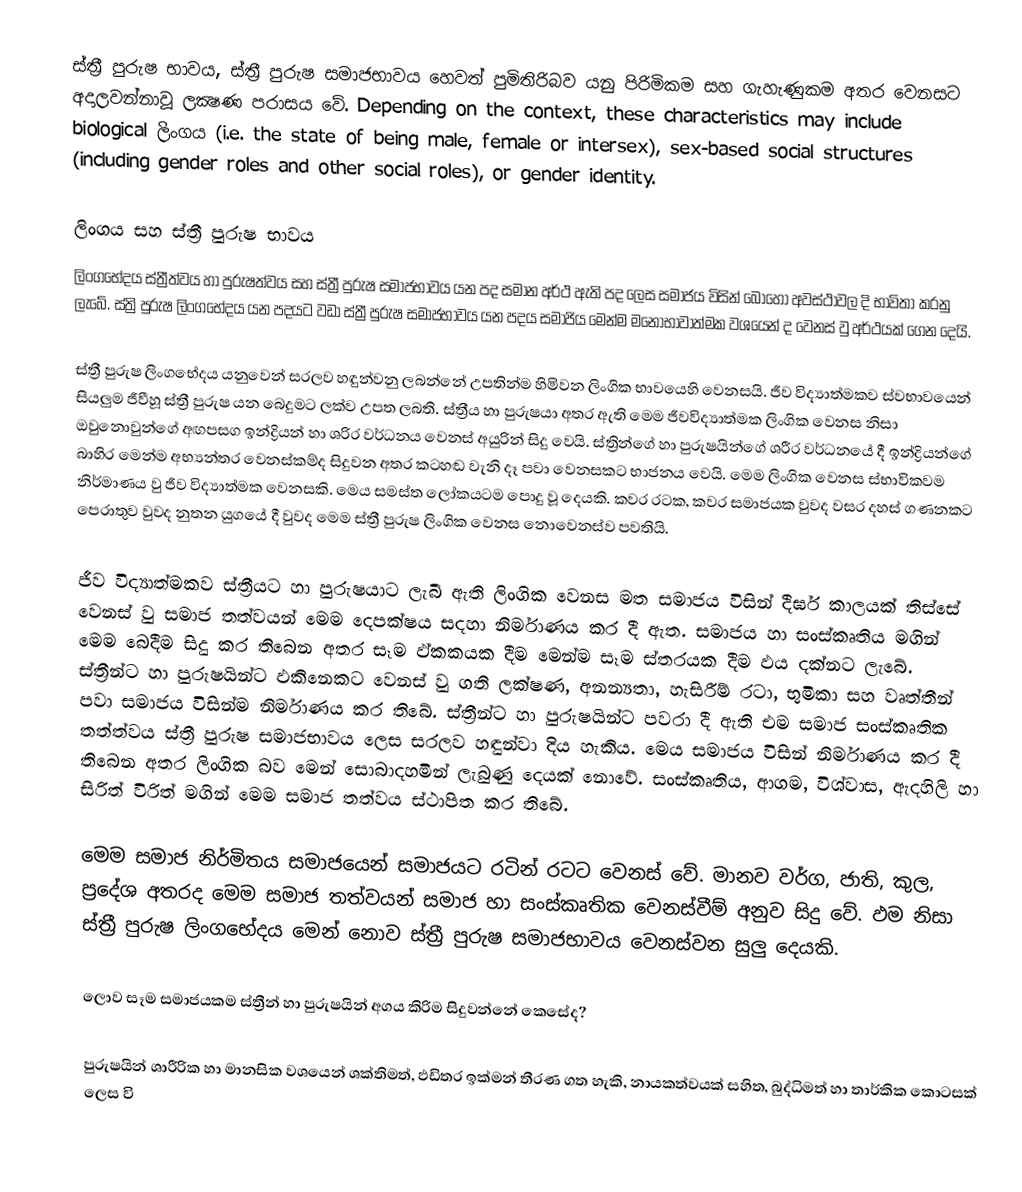
ස්ත්‍රී පුරුෂ භාවය, ස්ත්‍රී පුරුෂ සමාජභාවය හෙවත් පුමිතිරිබව යනු පිරිමිකම සහ ගැහැණුකම අතර වෙනසට අදාලවන්නාවූ ලක්‍ෂණ පරාසය වේ. Depending on the context, these characteristics may include biological ලිංගය (i.e. the state of being male, female or intersex), sex-based social structures (including gender roles and other social roles), or gender identity.

ලිංගය සහ ස්ත්‍රී පුරුෂ භාවය
ලිංගභේදය ස්ත්‍රීත්වය  හා පුරුෂත්වය සහ ස්ත්‍රී පුරුෂ සමාජභාවය යන පද සමාන අර්ථ ඇති පද ලෙස සමාජය විසින් බොහෝ අවස්ථාවල දි භාවිතා කරනු ලැබේ.  ස්ත්‍රි පුරුෂ ලිංගභේදය යන පදයට වඩා ස්ත්‍රී පුරුෂ සමාජභාවය යන පදය සමාජිය මෙන්ම මනෝභාවාත්මක වශයෙන් ද වෙනස් වු අර්ථයක් ගෙන දෙයි.

ස්ත්‍රී පුරුෂ ලිංගභේදය යනුවෙන් සරලව හඳුන්වනු ලබන්නේ උපතින්ම හිමිවන ලිංගික භාවයෙහි වෙනසයි. ජීව විද්‍යාත්මකව ස්වභාවයෙන් සියලුම ජීවීහූ ස්ත්‍රී පුරුෂ යන බෙදුමට ලක්ව උපත ලබති. ස්ත්‍රීය හා පුරුෂයා අතර ඇති මෙම ජීවවිද්‍යාත්මක ලිංගික වෙනස නිසා ඔවුනොවුන්ගේ අඟපසග ඉන්ද්‍රියන් හා ශරිර වර්ධනය වෙනස් අයුරින් සිදු වෙයි. ස්ත්‍රින්ගේ හා පුරුෂයින්ගේ ශරීර වර්ධනයේ දී ඉන්ද්‍රියන්ගේ බාහිර මෙන්ම අභ්‍යන්තර වෙනස්කම්ද සිදුවන අතර කටහඬ වැනි දෑ පවා වෙනසකට භාජනය වෙයි. මෙම ලිංගික වෙනස ස්භාවිකවම නිර්මාණය වු ජීව විද්‍යාත්මක වෙනසකි. මෙය සමස්ත ලෝකයටම පොදු වූ දෙයකි. කවර රටක, කවර සමාජයක වුවද වසර දහස් ගණනකට පෙරාතුව වුවද නුතන යුගයේ දී වුවද මෙම ස්ත්‍රී පුරුෂ ලිංගික වෙනස නොවෙනස්ව පවතියි.

ජීව විද්‍යාත්මකව ස්ත්‍රීයට හා පුරුෂයාට ලැබී ඇති ලිංගික වෙනස මත සමාජය විසින් දීර්ඝ කාලයක් තිස්සේ වෙනස් වු සමාජ තත්වයන් මෙම දෙපක්ෂය සදහා නිර්මාණය කර දී ඇත. සමාජය හා සංස්කෘතිය මගින් මෙම බෙදීම සිදු කර තිබෙන අතර සෑම ඵ්කකයක දීම මෙන්ම සෑම ස්තරයක දීම ඵය දක්නට ලැබේ. ස්ත්‍රීන්ට හා පුරුෂයින්ට ඵකිනෙකට වෙනස් වු ගති ලක්ෂණ, අනන්‍යතා, හැසිරීම් රටා, භුමිකා සහ වෘත්තීන් පවා සමාජය විසින්ම නිර්මාණය කර තිබේ. ස්ත්‍රීන්ට හා පුරුෂයින්ට පවරා දී ඇති එම සමාජ සංස්කෘතික තත්ත්වය ස්ත්‍රී පුරුෂ සමාජභාවය ලෙස සරලව හඳුන්වා දිය හැකිය. මෙය සමාජය විසින් නිර්මාණය කර දී තිබෙන අතර ලිංගික බව මෙන් සොබාදහමින් ලැබුණු දෙයක් නොවේ. සංස්කෘතිය, ආගම, විශ්වාස, ඇදහිලි හා සිරිත් විරිත් මගින් මෙම සමාජ තත්වය ස්ථාපිත කර තිබේ.

මෙම සමාජ නිර්මිතය සමාජයෙන් සමාජයට රටින් රටට වෙනස් වේ. මානව වර්ග, ජාති, කුල, ප්‍රදේශ අතරද මෙම සමාජ තත්වයන් සමාජ හා සංස්කෘතික වෙනස්වීම් අනුව සිදු වේ. ඵම නිසා ස්ත්‍රී පුරුෂ ලිංගභේදය මෙන් නොව ස්ත්‍රී පුරුෂ සමාජභාවය වෙනස්වන සුලු දෙයකි.

ලොව සෑම සමාජයකම ස්ත්‍රීන් හා පුරුෂයින් අගය කිරිම සිදුවන්නේ කෙසේද?

පුරුෂයින් ශාරීරික හා මානසික වශයෙන් ශක්තිමත්, ඵඩිතර ඉක්මන් තීරණ ගත හැකි, නායකත්වයක් සහිත, බුද්ධිමත් හා තාර්කික කොටසක් ලෙස වි